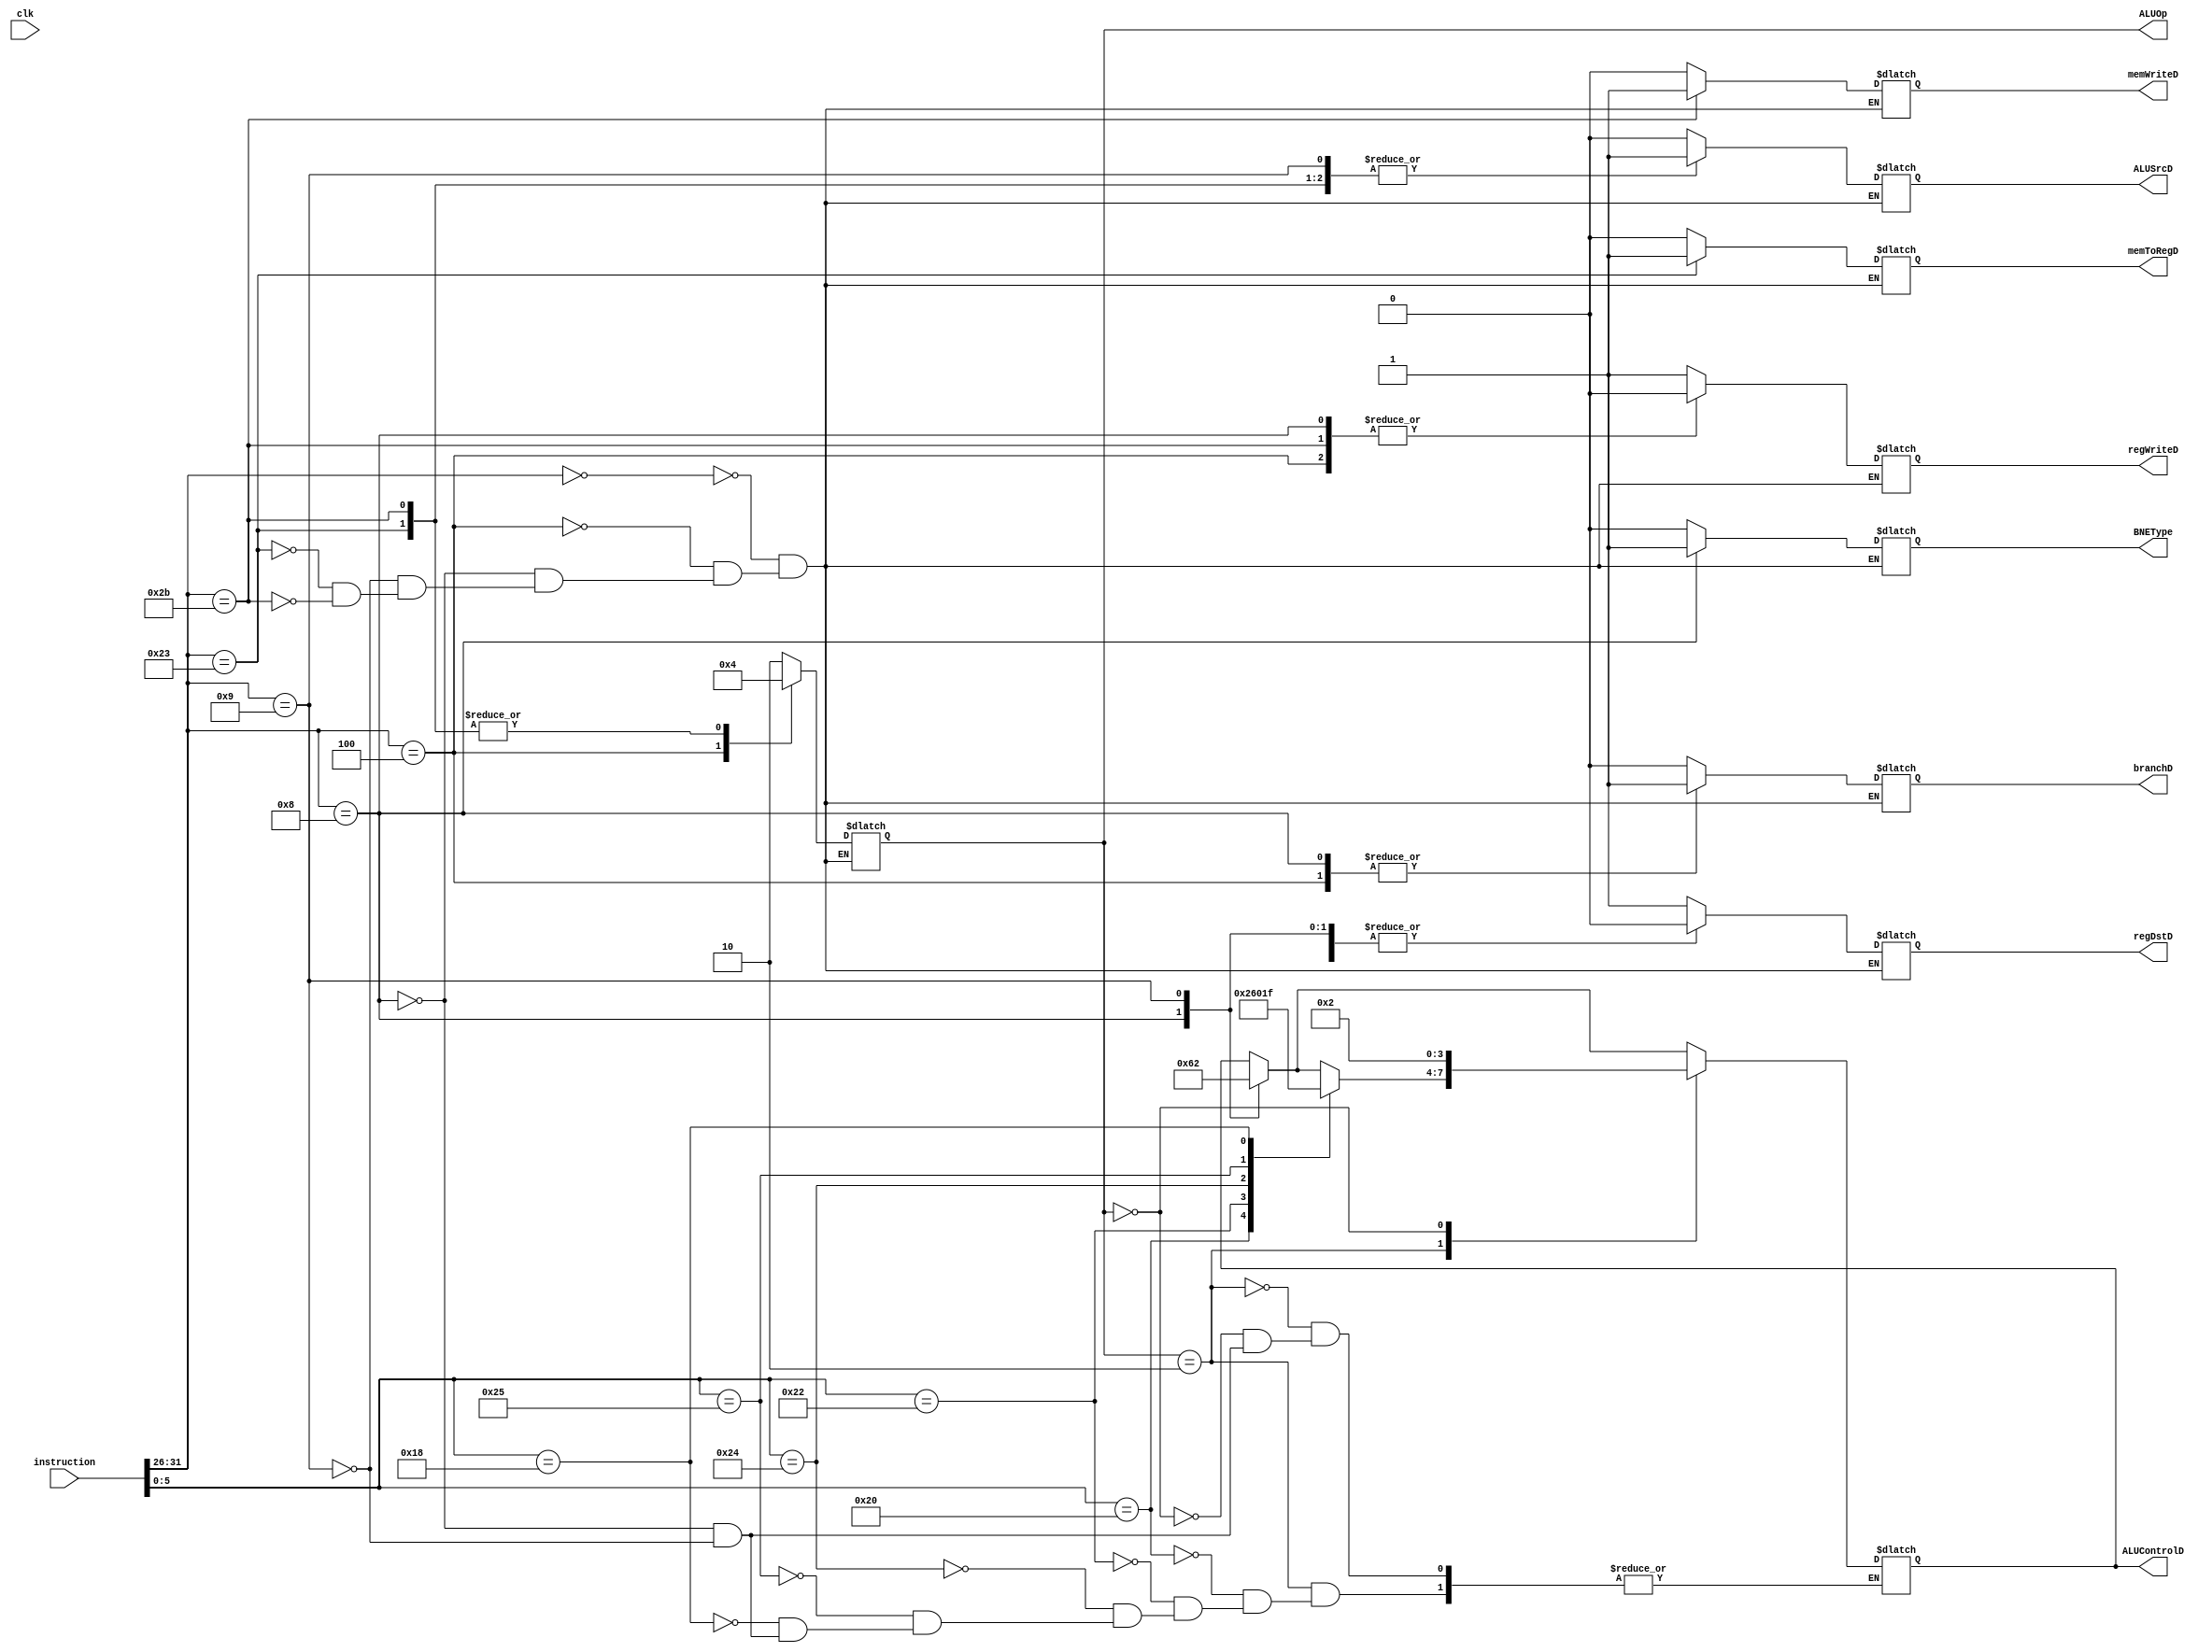
module controlUnit(clk,
                   instruction,
                   regWriteD,
                   memToRegD,
                   memWriteD,
                   ALUControlD,
                   ALUSrcD,
                   regDstD,
                   branchD,
                   BNEType,     //IT IS ONE WHEN INSTRUCTION IS BNE
                   ALUOp);
    input clk;
    input [31:0] instruction;
    output  reg regWriteD,memToRegD,memWriteD,ALUSrcD,regDstD,branchD,BNEType;
    output reg[3:0]ALUControlD;
    output reg[1:0] ALUOp;
    
    
    always @(*) begin
        
        case(instruction[31:26])
            6'b000000:// THIS IMPLIES IT IS R TYPE
            begin
                ALUOp     <= 2'd2;
                regDstD   <= 1;
                regWriteD <= 1;// tells about write back
                memToRegD <= 0;// write back from  ALU or data mem
                memWriteD <= 0;// memory write
                ALUSrcD   <= 0;// r branch o
                branchD   <= 0;//all except branch type
                BNEType   <= 0;//indicates it is not a bne if 0
                
                
            end
            6'b000100://BRANCH
            begin
                ALUOp     <= 2'd1;
                regWriteD <= 0;
                branchD   <= 1;
                memToRegD <= 0;// write back from  ALU or data mem
                memWriteD <= 0;// memory write
                ALUSrcD   <= 0;// r branch o
                regDstD   <= 0;// all except r type
                BNEType   <= 0;
                
            end
            6'b001000: //BNE
            begin
                ALUOp       <= 2'd2;
                BNEType     <= 1;
                regWriteD   <= 0 ;
                memToRegD   <= 0;// write back from  ALU or data mem
                memWriteD   <= 0;// memory write
                ALUSrcD     <= 0;// r branch o
                regDstD     <= 0;// all except r type
                branchD     <= 1;//all except branch type
                ALUControlD <= 4'b0110;
                
                
            end
            6'b001001: //ADDI
            begin              

                ALUOp       <= 2'd2;
                BNEType     <= 0;
                regWriteD   <= 1 ;
                ALUControlD <= 4'b0010;
                memToRegD   <= 0;// write back from  ALU or data mem
                memWriteD   <= 0;// memory write
                ALUSrcD     <= 1;// r branch o
                regDstD     <= 0;// all except r type
                branchD     <= 0;//all except branch type
                // $display("hii %0d",branchD);

            end
            6'b100011:
            begin
                ALUOp     <= 2'b0;// LOAD-store
                memToRegD <= 1;//load
                regWriteD <= 1;// tells about write back
                ALUSrcD   <= 1;
                memWriteD <= 0;// memory write
                regDstD   <= 0;// all except r type
                branchD   <= 0;//all except branch type
                BNEType   <= 0;
                
            end
            6'b101011:begin //store
                ALUOp     <= 2'b0;// LOAD-store
                regWriteD <= 0 ;
                memWriteD <= 1;
                memToRegD <= 0;// write back from  ALU or data mem
                regDstD   <= 0;// all except r type
                ALUSrcD   <= 1;
                branchD   <= 0;//all except branch type
                BNEType   <= 0;
                
                
            end
            
        endcase
        case(ALUOp[1:0])
            2'd2:begin
                case(instruction[5:0])
                    6'b100000:ALUControlD     <= 4'b0010;  //ADD R TYPE
                    6'b100010:ALUControlD     <= 4'b0110;  //SUB R TYPE
                    6'b100100:ALUControlD     <= 4'b0000;  //and r type
                    6'b100101:ALUControlD     <= 4'b0001;  //or r type
                    6'b011000:ALUControlD     <= 4'b1111;  //multipication r type
                    
                endcase
            end
            2'd0:ALUControlD    <= 4'b0010;  //load-store
            
        endcase
    end
endmodule